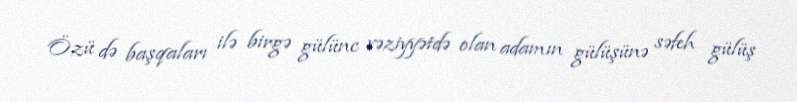
Özü də başqaları ilə birgə gülünc vəziyyətdə olan adamın gülüşünə səfeh gülüş